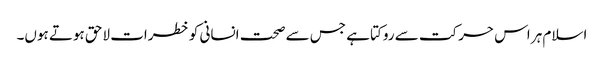
اسلام ہر اس حرکت سے روکتا ہے جس سے صحت انسانی کو خطرات لاحق ہوتے ہوں۔